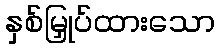
နှစ်မြှုပ်ထားသော